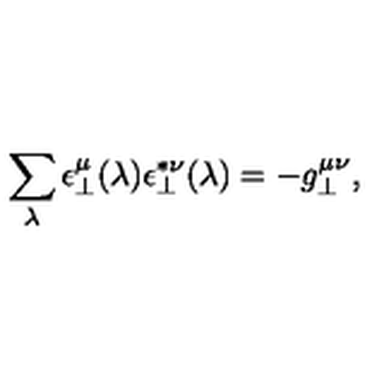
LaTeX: \sum _ { \lambda } \epsilon _ { \perp } ^ { \mu } ( \lambda ) \epsilon _ { \perp } ^ { * \nu } ( \lambda ) = - g _ { \perp } ^ { \mu \nu } ,